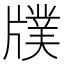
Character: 𤗵